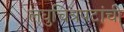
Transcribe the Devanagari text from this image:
लघुचित्रपटांची